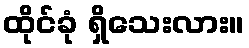
ထိုင်ခုံ ရှိသေးလား။